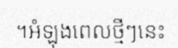
។អំឡុងពេលថ្មីៗនេះ